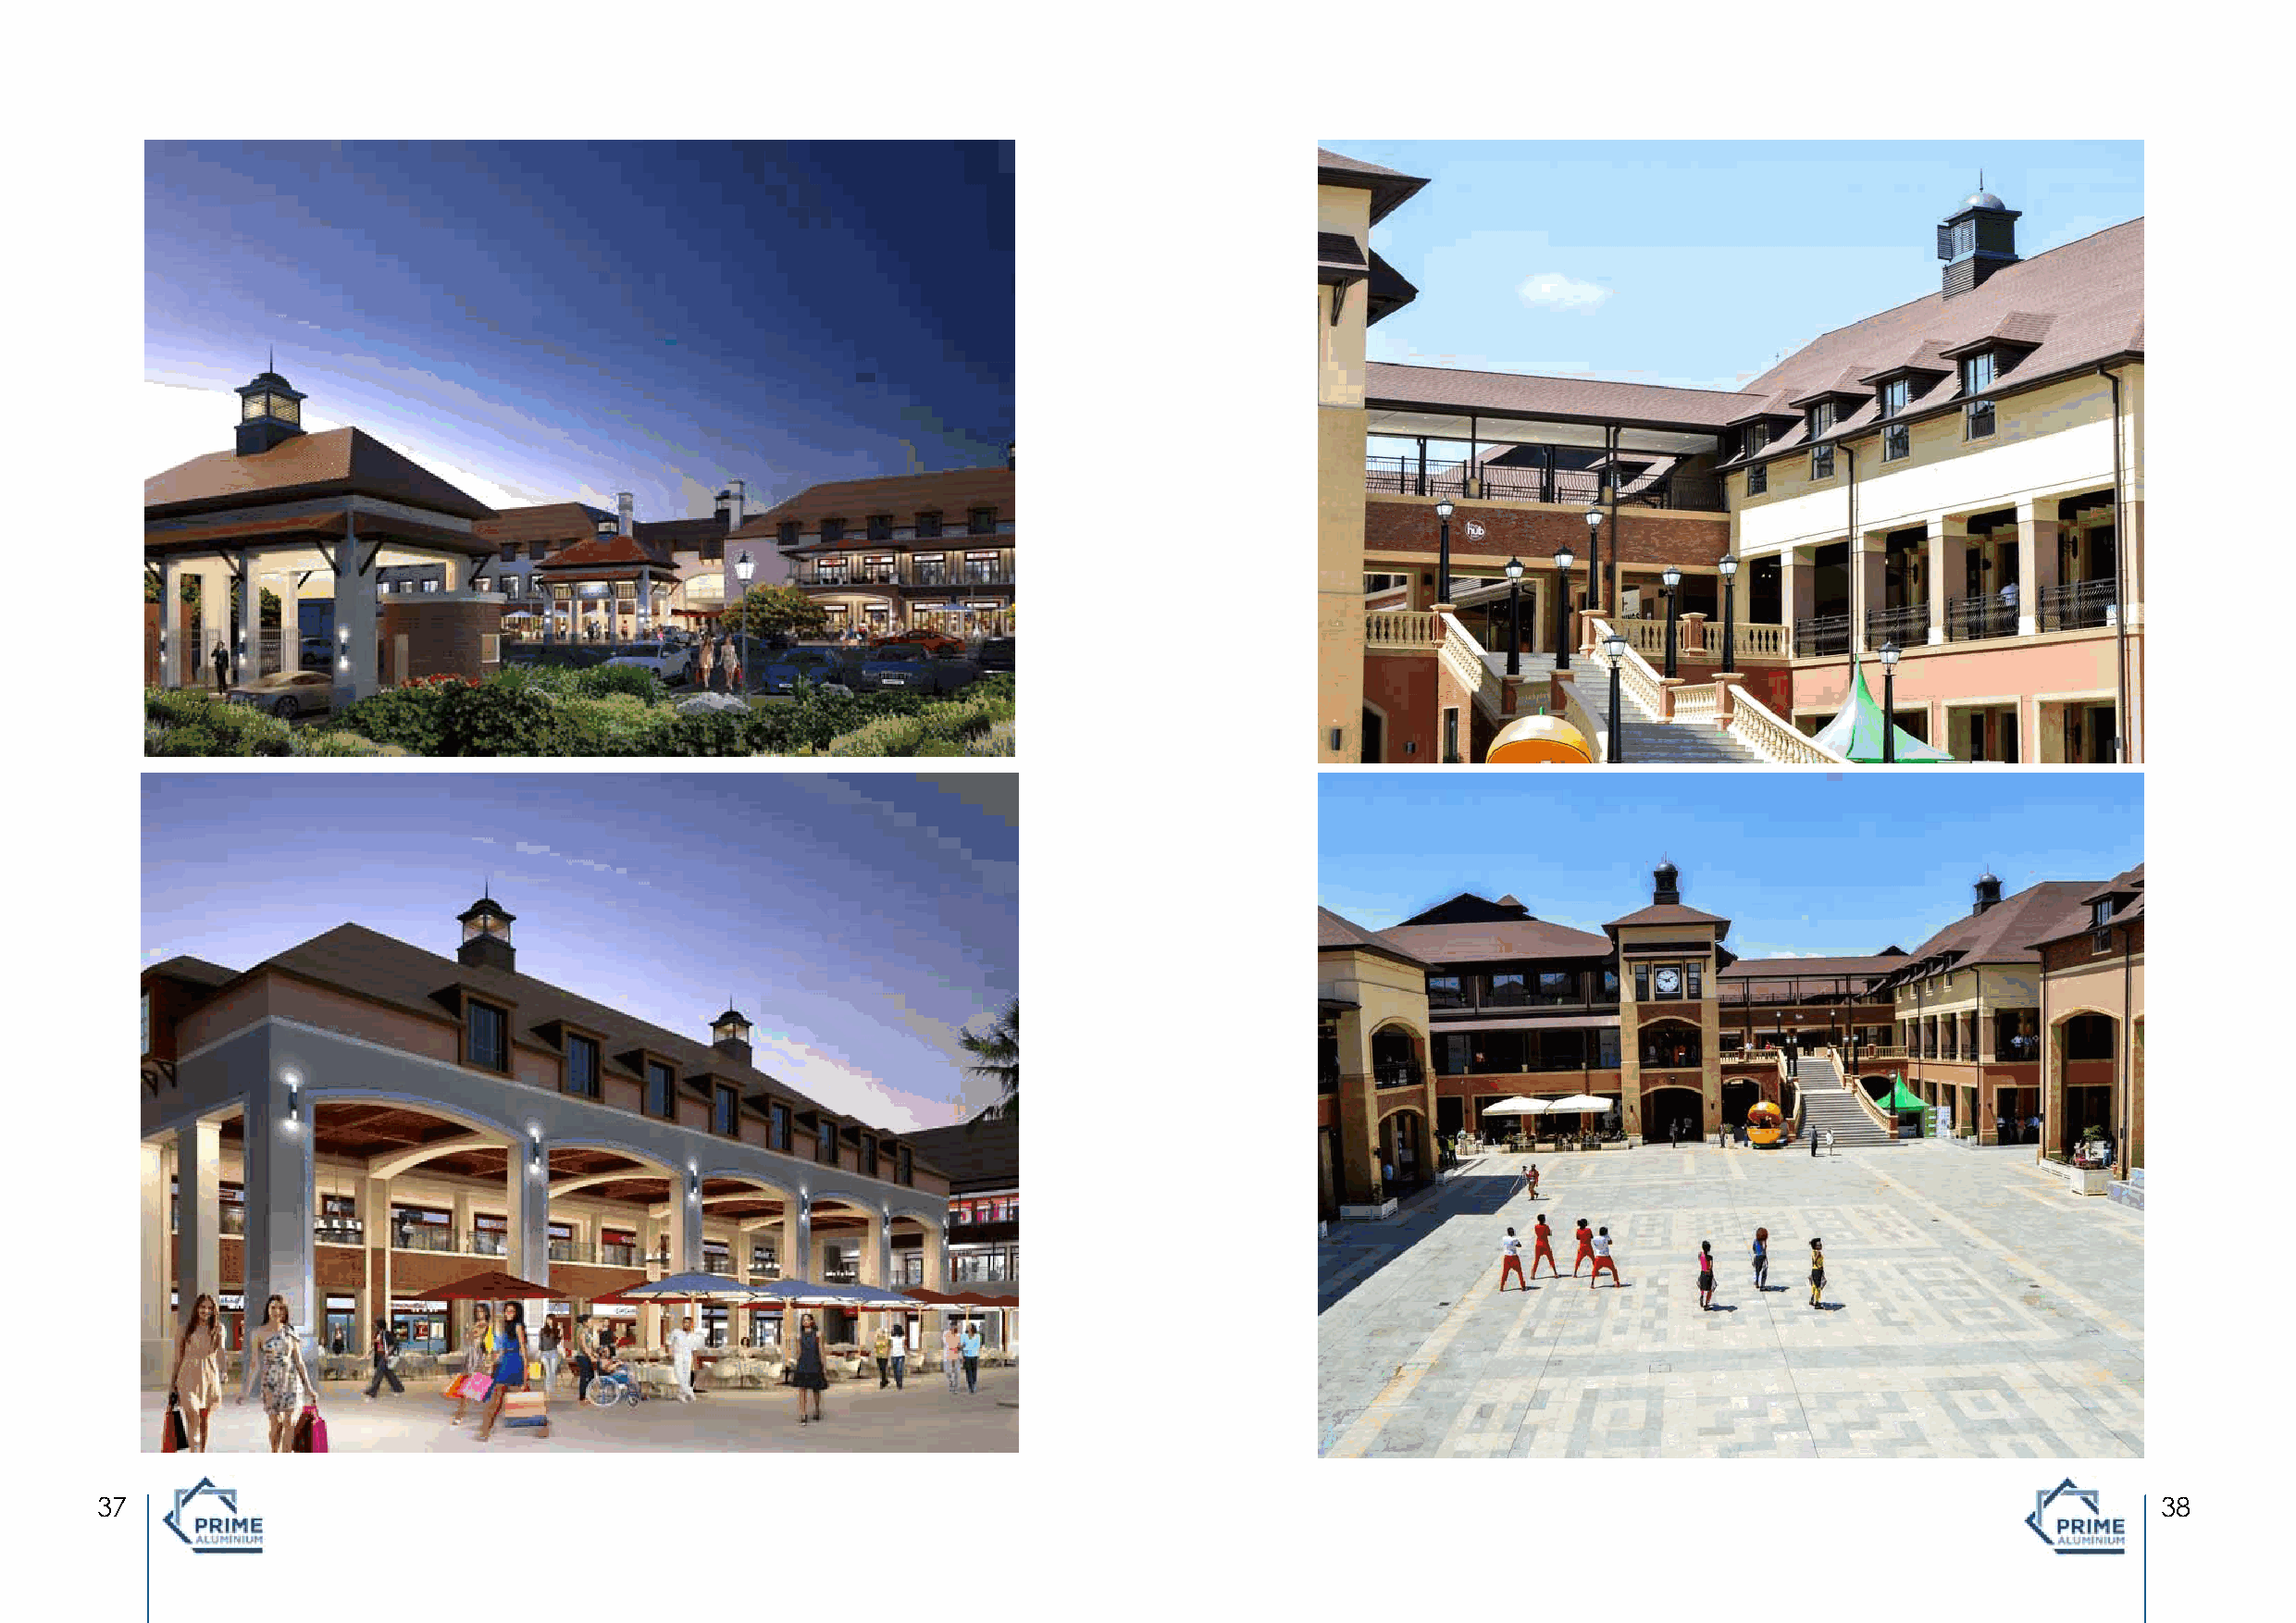
37                                                                                                                                                  38